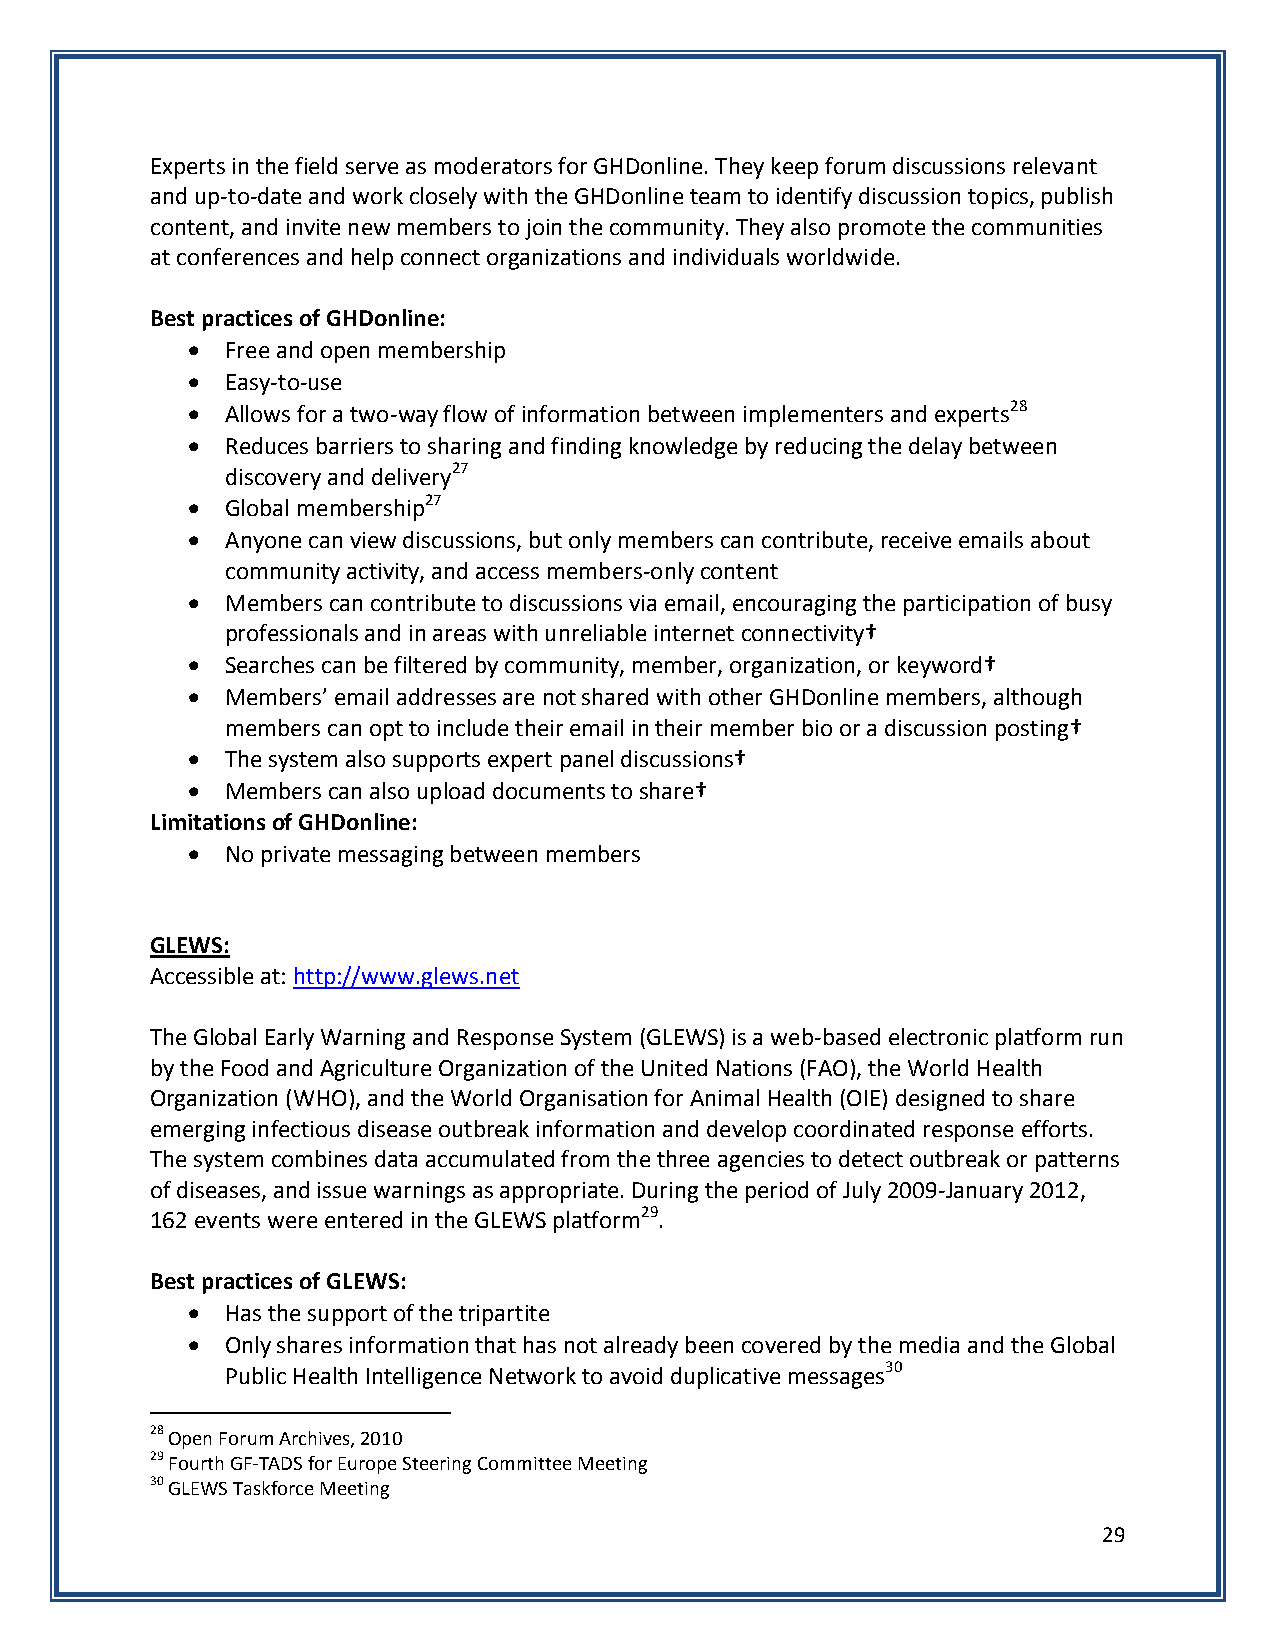
Experts in the field serve as moderators for GHDonline. They keep forum discussions relevant
 and up-to-date and work closely with the GHDonline team to identify discussion topics, publish
 content, and invite new members to join the community. They also promote the communities
 at conferences and help connect organizations and individuals worldwide.
 Best practices of GHDonline:
   Free and open membership
   Easy-to-use
   Allows for a two-way flow of information between implementers and experts28
   Reduces barriers to sharing and finding knowledge by reducing the delay between
 discovery and delivery27
   Global membership27
   Anyone can view discussions, but only members can contribute, receive emails about
 community activity, and access members-only content
   Members can contribute to discussions via email, encouraging the participation of busy
 professionals and in areas with unreliable internet connectivity†
   Searches can be filtered by community, member, organization, or keyword†
   Members’ email addresses are not shared with other GHDonline members, although
 members can opt to include their email in their member bio or a discussion posting†
   The system also supports expert panel discussions†
   Members can also upload documents to share†
 Limitations of GHDonline:
   No private messaging between members
 GLEWS:
 Accessible at: http://www.glews.net
 The Global Early Warning and Response System (GLEWS) is a web-based electronic platform run
 by the Food and Agriculture Organization of the United Nations (FAO), the World Health
 Organization (WHO), and the World Organisation for Animal Health (OIE) designed to share
 emerging infectious disease outbreak information and develop coordinated response efforts.
 The system combines data accumulated from the three agencies to detect outbreak or patterns
 of diseases, and issue warnings as appropriate. During the period of July 2009-January 2012,
 162 events were entered in the GLEWS platform29.
 Best practices of GLEWS:
   Has the support of the tripartite
   Only shares information that has not already been covered by the media and the Global
 Public Health Intelligence Network to avoid duplicative messages30
 28 Open Forum Archives, 2010
 29 Fourth GF-TADS for Europe Steering Committee Meeting
 30 GLEWS Taskforce Meeting
 29